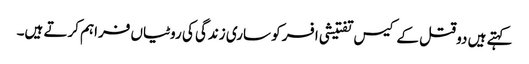
کہتے ہیں دو قتل کے کیس تفتیشی افسر کو ساری زندگی کی روٹیاں فراہم کرتے ہیں۔